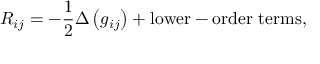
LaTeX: R _ { i j } = - { \frac { 1 } { 2 } } \Delta \left( g _ { i j } \right) + { \mathrm { l o w e r - o r d e r ~ t e r m s } } ,